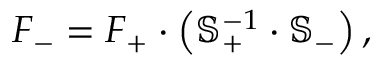
\boldsymbol { F _ { - } } = \boldsymbol { F _ { + } } \cdot \left( \mathbb { S } _ { + } ^ { - 1 } \cdot \mathbb { S } _ { - } \right) ,